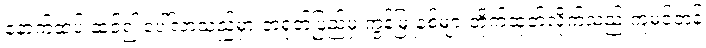
နောက်ထပ် ဆင့်၍ ပေါ်လာသည်မှာ တရုတ်ပြည်မှ ကွန်မြူနစ်များတိုက်ထုတ်လိုက်သည့် ကူမင်တန်